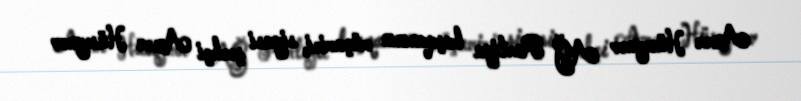
Azər Hüseynov AĞ Partiya başqanının müşaviri, siyasi şərhçi Azər Hüseynov